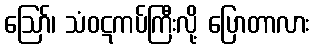
ဪ၊ သံဝဋကပ်ကြီးလို့ ပြောတာလား